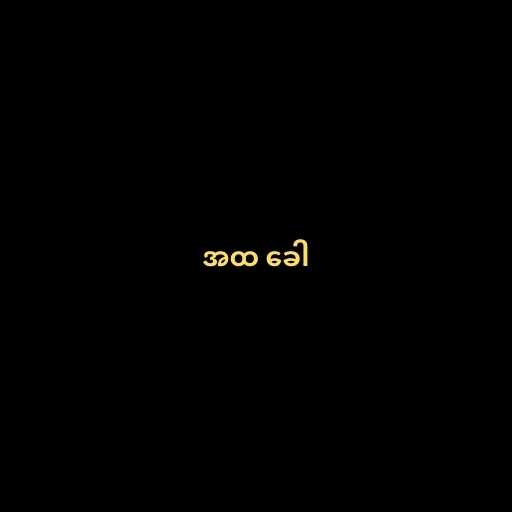
အထ ခေါ